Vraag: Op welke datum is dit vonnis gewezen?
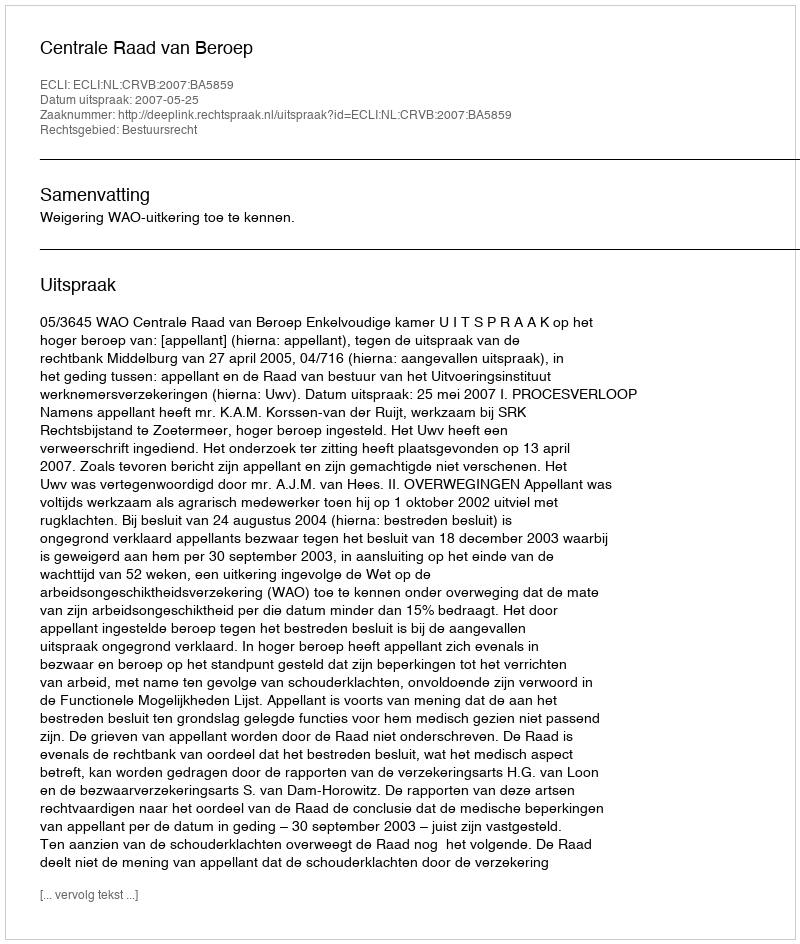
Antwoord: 2007-05-25